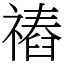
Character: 䄝